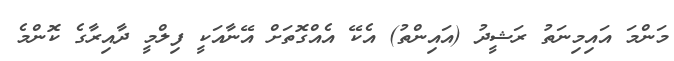
މަންމަ އައިމިނަތު ރަޝީދު (އައިންތު) އެކޭ އެއްގޮތަށް އޭނާއަކީ ފިލްމީ ދާއިރާގެ ކޮންމެ